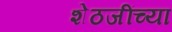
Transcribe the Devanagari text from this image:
शेठजींच्या